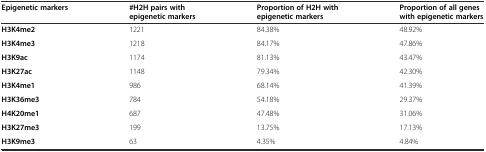
| Epigenetic markers | #H2H pairs with epigenetic markers | Proportion of H2H with epigenetic markers | Proportion of all genes with epigenetic markers |
 | --- | --- | --- | --- |
 | H3K4me2 | 1221 | 84.38% | 48.92% |
 | H3K4me3 | 1218 | 84.17% | 47.86% |
 | H3K9ac | 1174 | 81.13% | 43.47% |
 | H3K27ac | 1148 | 79.34% | 42.30% |
 | H3K4me1 | 986 | 68.14% | 41.39% |
 | H3K36me3 | 784 | 54.18% | 29.37% |
 | H4K20me1 | 687 | 47.48% | 31.06% |
 | H3K27me3 | 199 | 13.75% | 17.13% |
 | H3K9me3 | 63 | 4.35% | 4.84% |